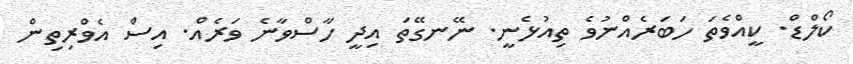
ކޯލްޑް. ކީއްވެތަ ހަބަރެއްނުވެ ތިއުޅެނީ. ނޭނގޭތަ އިދީ ހާސްވާނެ ވަރެއް. އިސް އެވްރިތިން